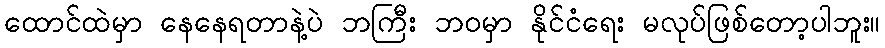
ထောင်ထဲမှာ နေနေရတာနဲ့ပဲ ဘကြီး ဘဝမှာ နိုင်ငံရေး မလုပ်ဖြစ်တော့ပါဘူး။